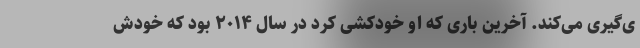
ی‌گیری می‌کند. آخرین باری که او خودکشی کرد در سال ۲۰۱۴ بود که خودش